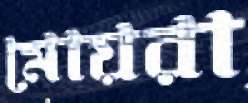
মোয়রা